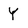
Character: Y